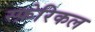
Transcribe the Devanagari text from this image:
स्फ़ेरिकल